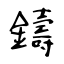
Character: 鑄